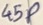
Text: 45P